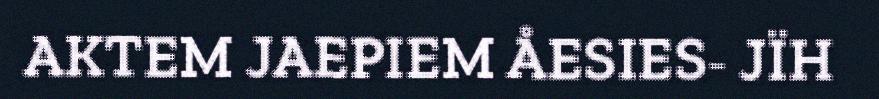
AKTEM JAEPIEM ÅESIES- JÏH